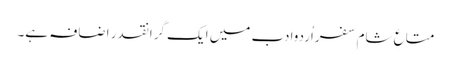
متاعِ شام سفراُردوادب میں ایک گرانقدر اضافہ ہے۔